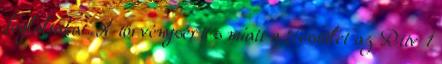
foglaltakat. A törvénysértés miatt a Testület az Rttv 1